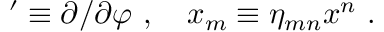
' \equiv \partial / \partial \varphi \ , \quad x _ { m } \equiv \eta _ { m n } x ^ { n } \ .